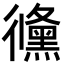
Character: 𢖛